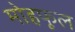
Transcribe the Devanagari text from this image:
मोहफूल